Senior Leaving Certificate Examination (including Day School Certificate (Higher) General paper), 1949
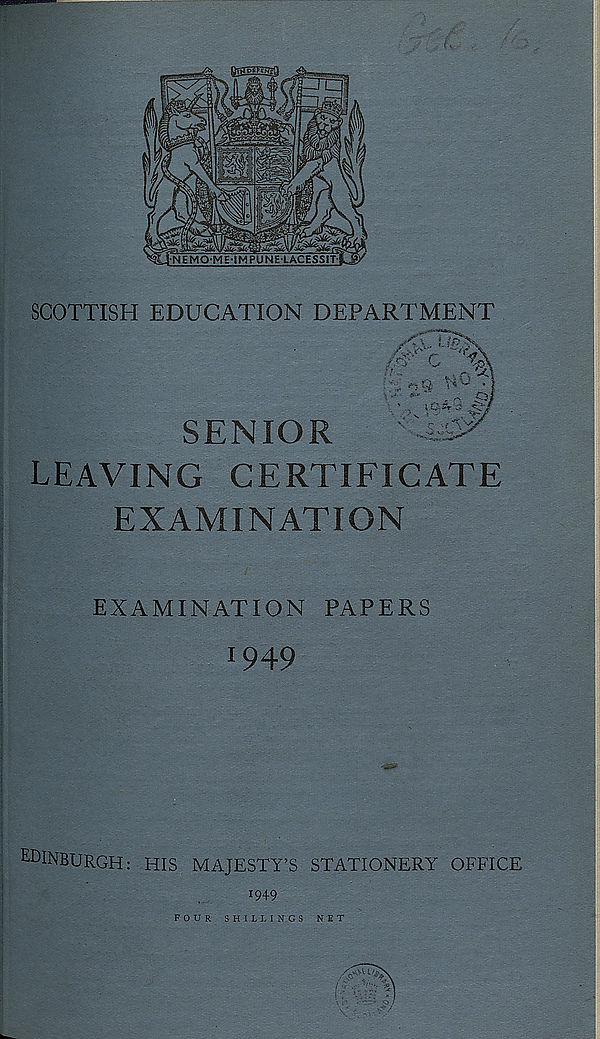
SCOTTISH EDUCATION DEPARTMENT
SENIOR
LEAVING CERTIFICATE
EXAMINATION
EXAMINATION PAPERS
1 949
EDINBURGH: HIS MAJESTY’S STATIONERY OFFICE
1949
FOUR SHILLINGS
NET